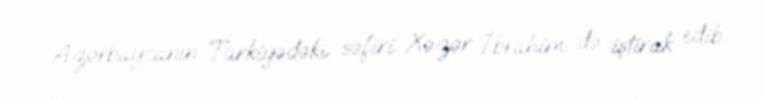
Azərbaycanın Türkiyədəki səfiri Xəzər İbrahim də iştirak edib.